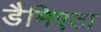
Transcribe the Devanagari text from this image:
डैमिएटा